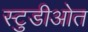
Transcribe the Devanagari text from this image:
स्टुडीओत